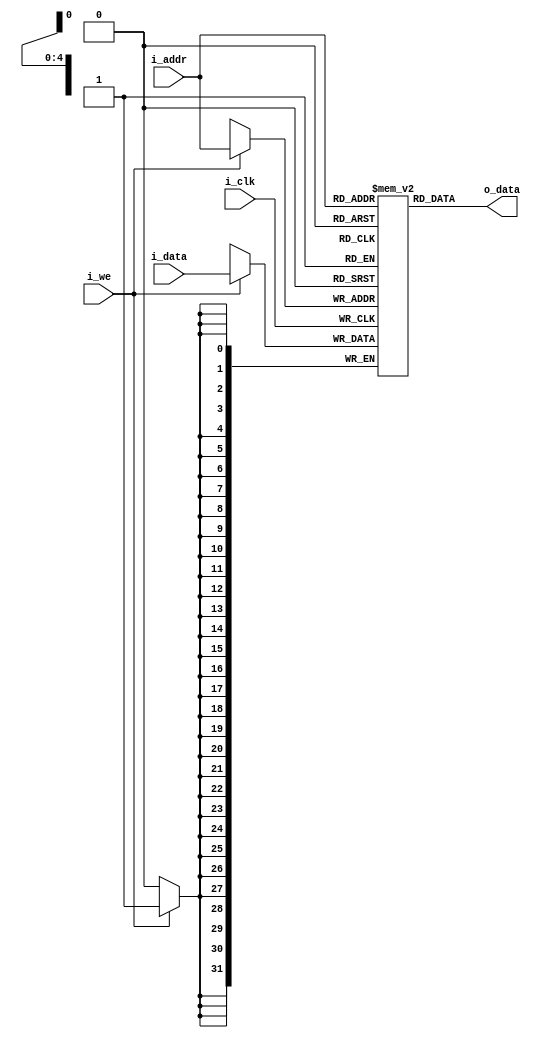

module ram(i_clk, i_addr, i_data, i_we, o_data);
parameter DATA_WIDTH = 32;
parameter ADDR_WIDTH = 5; //32 4-byte words 

input                     i_clk, i_we;
input   [ADDR_WIDTH-1:0]  i_addr;
input   [DATA_WIDTH-1:0]  i_data;
output  [DATA_WIDTH-1:0]  o_data;

reg [DATA_WIDTH-1:0] ram [DATA_WIDTH-1:0];

always @ (posedge i_clk) begin
    if (i_we)
        ram[i_addr] <= i_data;
end

// assign o_data = (!i_we) ? ram[i_addr] : 0;

assign o_data = ram[i_addr];

endmodule